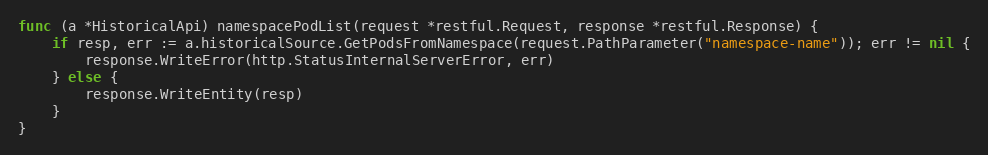
Language: Go
func (a *HistoricalApi) namespacePodList(request *restful.Request, response *restful.Response) {
	if resp, err := a.historicalSource.GetPodsFromNamespace(request.PathParameter("namespace-name")); err != nil {
		response.WriteError(http.StatusInternalServerError, err)
	} else {
		response.WriteEntity(resp)
	}
}